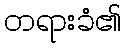
တရားခံ၏